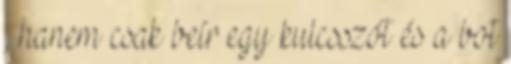
, hanem csak beír egy kulcsszót és a bot